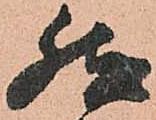
然